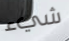
شيء